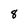
Character: 8